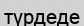
түрдеде